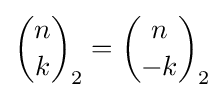
{n \choose k}_{2}={n \choose -k}_{2}